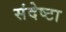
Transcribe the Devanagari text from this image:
संदेष्टा